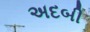
અદબી